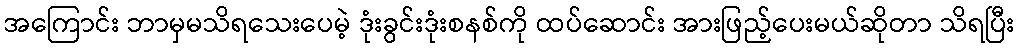
အကြောင်း ဘာမှမသိရသေးပေမဲ့ ဒုံးခွင်းဒုံးစနစ်ကို ထပ်ဆောင်း အားဖြည့်ပေးမယ်ဆိုတာ သိရပြီး